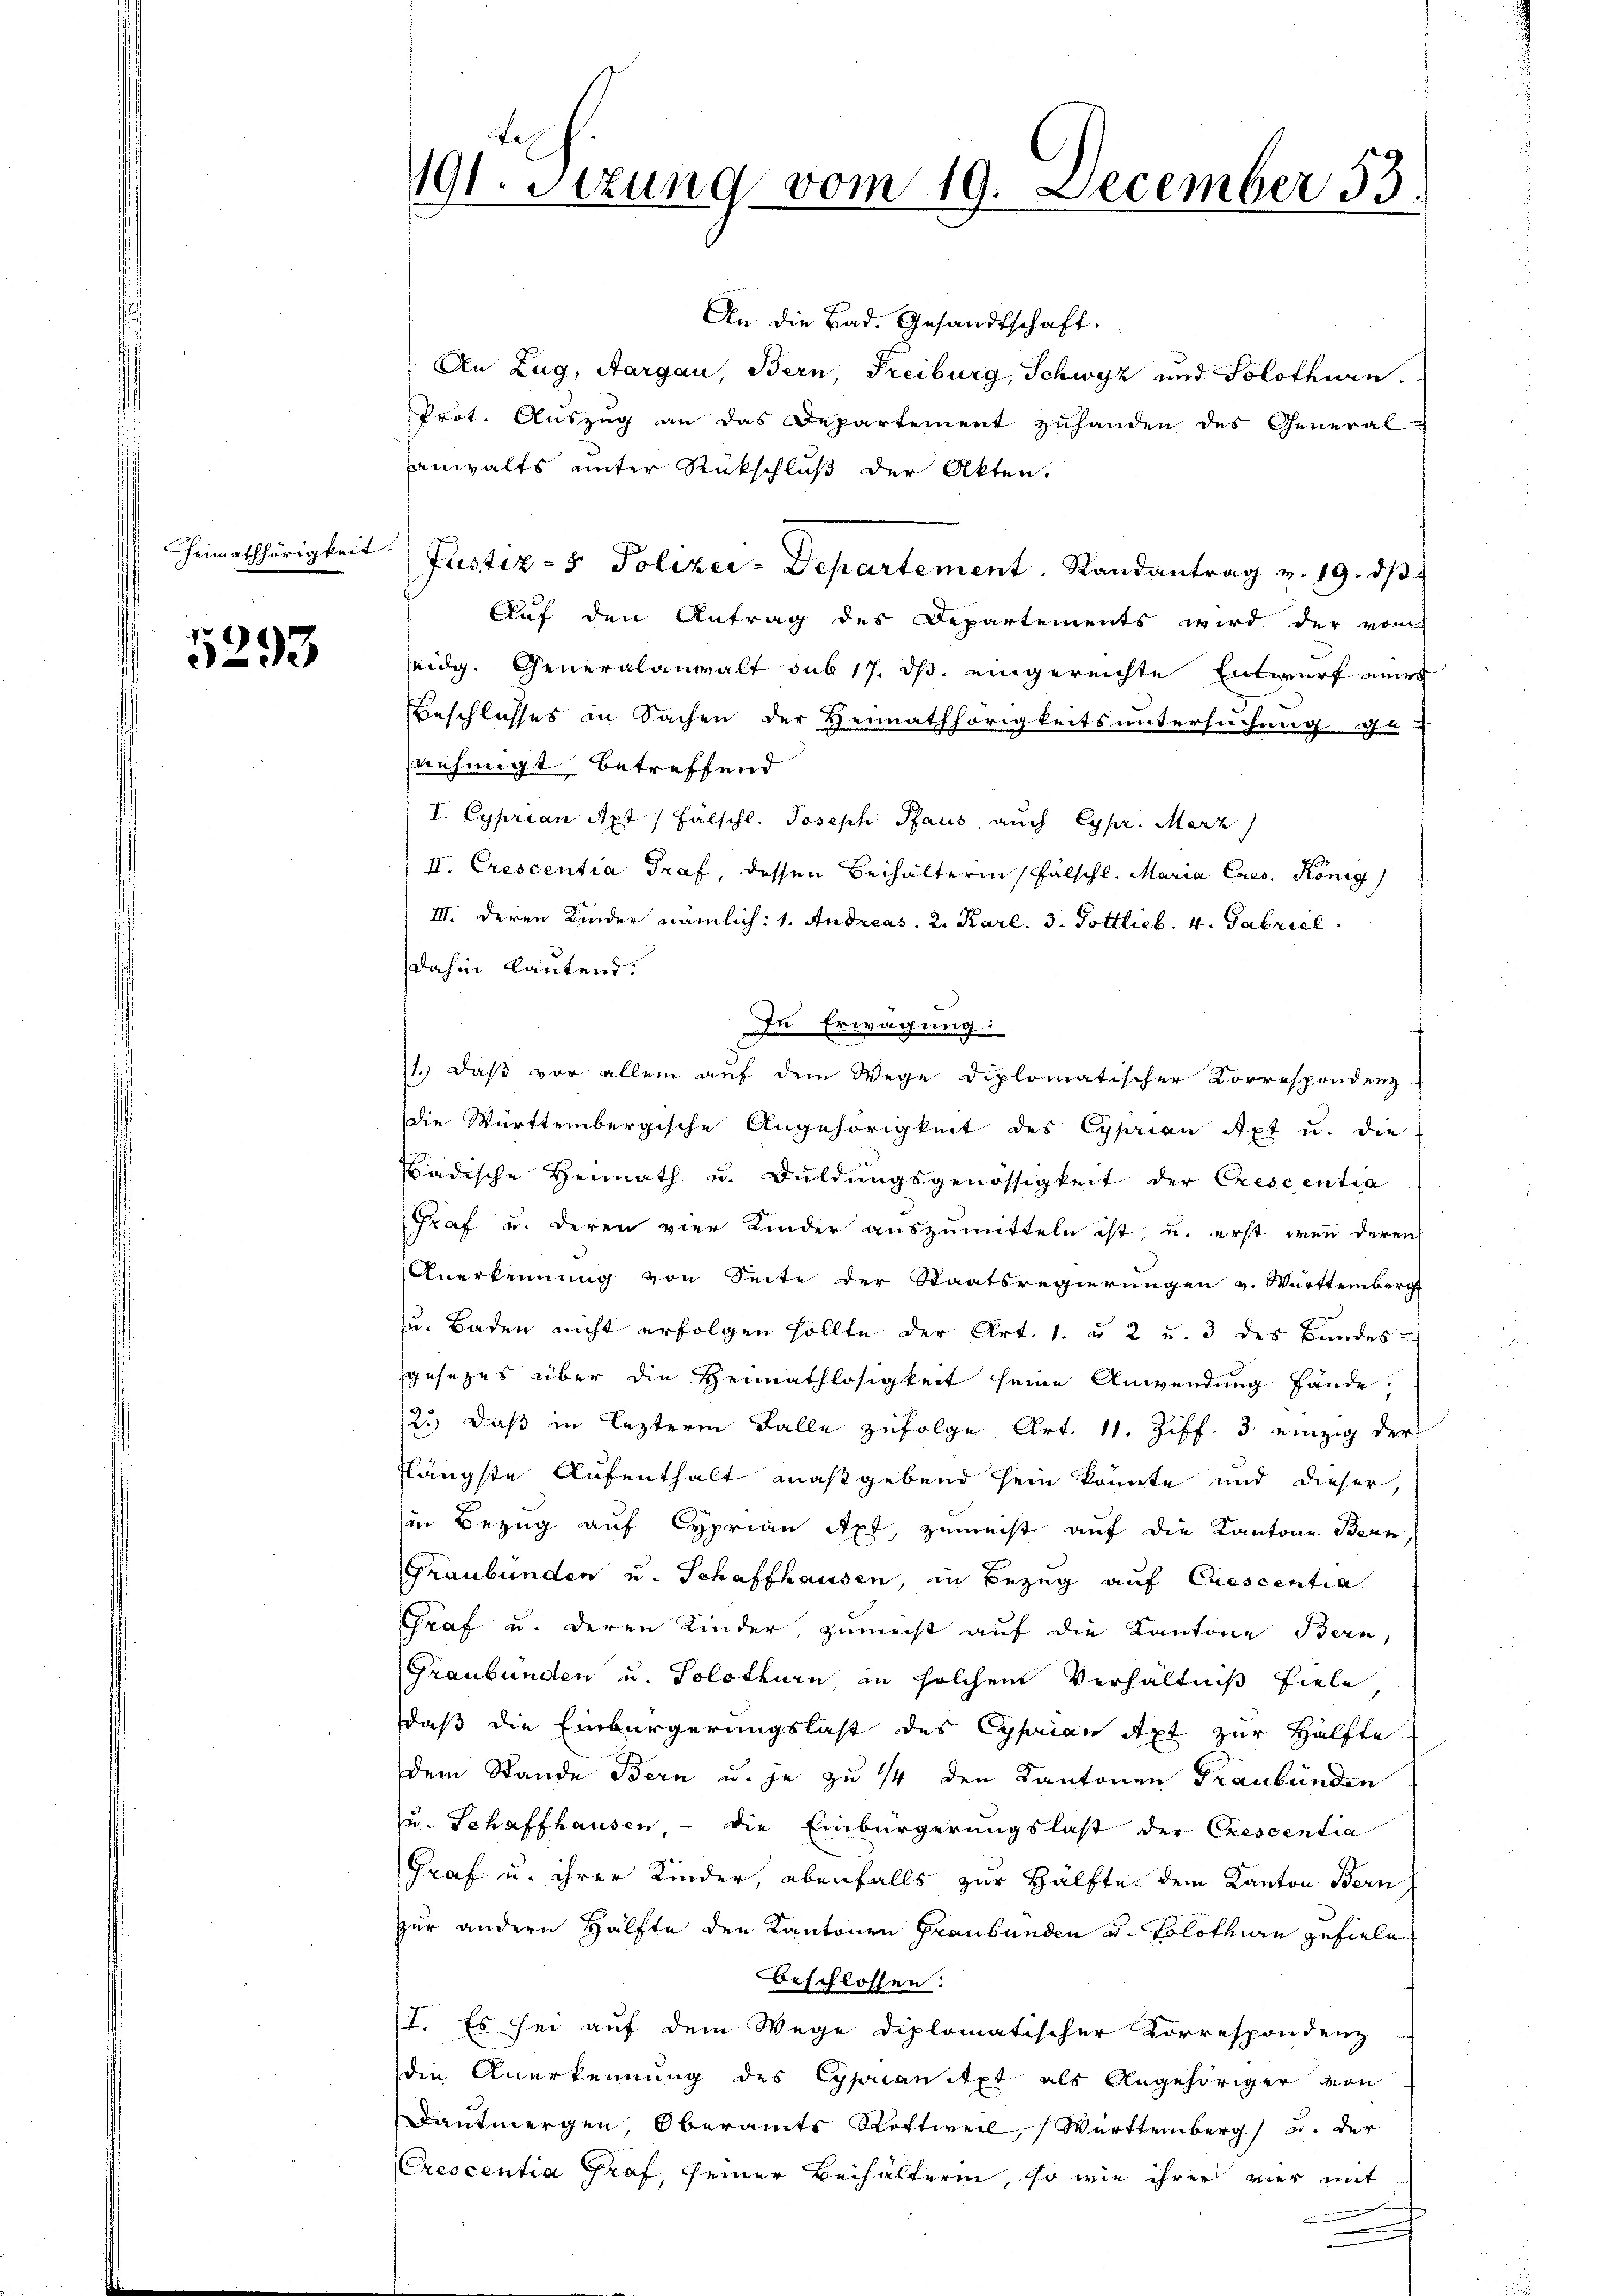
Heimathörigkeit

5293

Fe
191. Sitzung vom 19. December 55

d

An die Bad. Gesandtschaft.
An Zug, Aargau, Bern, Freiburg, Schwyz und Solothurn.
Prot. Auszug an das Departement zuhanden des General-
anwalts unter Rückschluß der Akten.
Justiz- & Polizei-Departement. Randantrag v. 19. dβ
Auf den Antrag des Departements wird der vom
seidg. Generalanwalt sub 17. ds. eingereichte Entwurf mir
Beschlusses in Sachen der Heimathörigkeitsuntersuchung ge-
nehmigt betreffend
I. Cyprian Apt / fälschl. Joseph Pfaus, auch Cypr. Merz,
II. Crescentia Graf, dessen Beihälterin Fälschl. Maria Caes. König
III. Deren Kinder nämlich: 1. Andreas, 2. Karl. 3. Pottlieb. 4. Gabriel
dahin lautend.
In Erwägung
11.) Daß vor allem auf dem Wege diplomatischer Korrespondenz
die Württembergische Angehörigkeit des Cyprian Apt u. die
Bädische Heimath u. Bŭldŭngsgenössigkeit der Crescentia
Graf u. deren vier Kinder auszumitteln ist, u. erst wenn deren
Anerkennung von Seite der Staatsregierungen v. Württemberg
zu. Baden nicht erfolgen sollte der Art. 1. u 2 u. 3 des Bundes
sgesezes über die Heimathlosigkeit seine Anwendung fände.
12.) Daß in lezterm Falle zufolge Art. 11. Ziff. 3 einzig der
flängste Aufenthalt maßgebend sein könnte und dieser
in Bezug auf Cyprian Axt, zumeist auf die Kantone Bern,
Graubünden u. Schaffhausen, in Bezug auf Crescentia
Graf u. deren Kinder, zumeist auf die Kantone Bern,
Graubünden u. Solothurn, in solchem Verhältniß fiele
daß die Einbürgerungslast des Opfian Apt zur Hälfte
Dem Stande Bern u. je zu 14 den Kantonen Graubünden
zu. Schaffhausen, - die Einbürgerungslast der Crescentia
Graf u. ihrer Kinder, ebenfalls zur Hälfte dem Kanton Bern
zur andern Hälfte den Kantonen Graubünden u. Solothurn gefiele
Beschlossen:
II. Es sei auf dem Wege diplomatischer Korrespondenz
die Anerkennung des Oppoantpt als Angehöriger von
Dautmergen, Oberamts Rottweil, Württemberg) u. der
Crescentia Graf, seiner Beihälterin, so wie ihrer vier mit
.
u